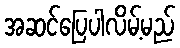
အဆင်ပြေပါလိမ့်မည်